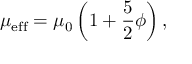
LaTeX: \mu _ { \mathrm { e f f } } = \mu _ { 0 } \left( 1 + { \frac { 5 } { 2 } } \phi \right) ,